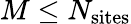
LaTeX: M\leq N_{\mathrm{sites}}